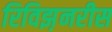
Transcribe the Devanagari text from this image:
रिविझ़नरीस